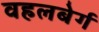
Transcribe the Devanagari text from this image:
वहलबेर्ग